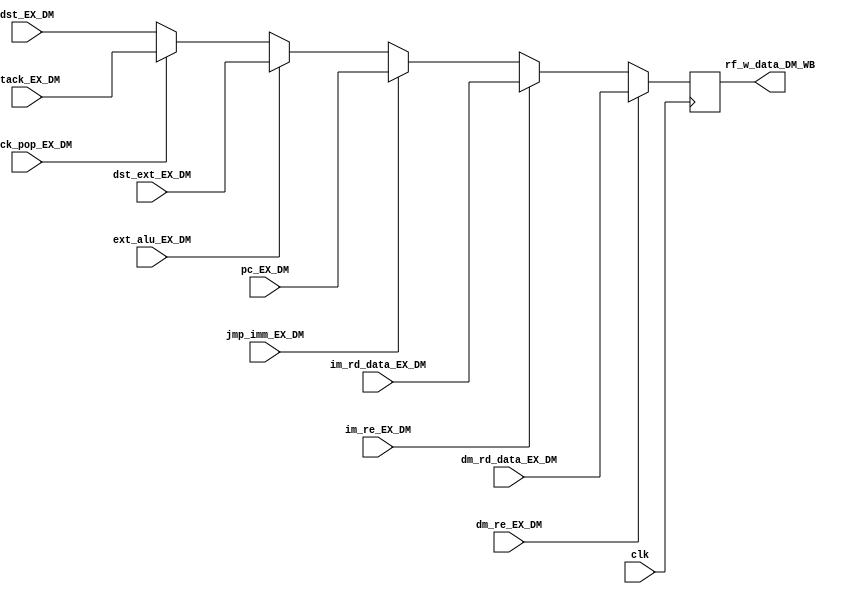
module dst_mux(clk,dm_re_EX_DM, im_re_EX_DM, stack_EX_DM, dm_rd_data_EX_DM,stack_pop_EX_DM, pc_EX_DM,dst_EX_DM,dst_ext_EX_DM, rf_w_data_DM_WB, im_rd_data_EX_DM, jmp_imm_EX_DM,ext_alu_EX_DM);
////////////////////////////////////////////////////////////////////////
// Simple 2:1 mux determining if ALU or DM is source for write to RF //
//////////////////////////////////////////////////////////////////////
input clk;
input dm_re_EX_DM;
input im_re_EX_DM;                      // instrction read enable from ex stage
input stack_pop_EX_DM;                  // pop instruction from stack_pop
input jmp_imm_EX_DM;
input ext_alu_EX_DM;                    // input from ID to choose external ALU
input [31:0] dm_rd_data_EX_DM;          // input from DM
input [31:0] im_rd_data_EX_DM;          // input from IM
input [31:0] pc_EX_DM;                  // from PC for JAL saving to R15
input [31:0] dst_EX_DM;                 // input from ALU
input [31:0] dst_ext_EX_DM;             // input from ext ALU
input [31:0] stack_EX_DM;               // input from stack

output reg[31:0] rf_w_data_DM_WB;       // output to be written to RF

always @(posedge clk)
  if (dm_re_EX_DM)
    rf_w_data_DM_WB <= dm_rd_data_EX_DM;
  else if (im_re_EX_DM)
    rf_w_data_DM_WB <= im_rd_data_EX_DM;
  else if (jmp_imm_EX_DM)
    rf_w_data_DM_WB <= pc_EX_DM;
  else if (ext_alu_EX_DM)
    rf_w_data_DM_WB <= dst_ext_EX_DM;
  else if (stack_pop_EX_DM)
    rf_w_data_DM_WB <= stack_EX_DM;
  else
    rf_w_data_DM_WB <= dst_EX_DM;

endmodule